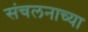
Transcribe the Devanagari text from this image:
संचलनाच्या